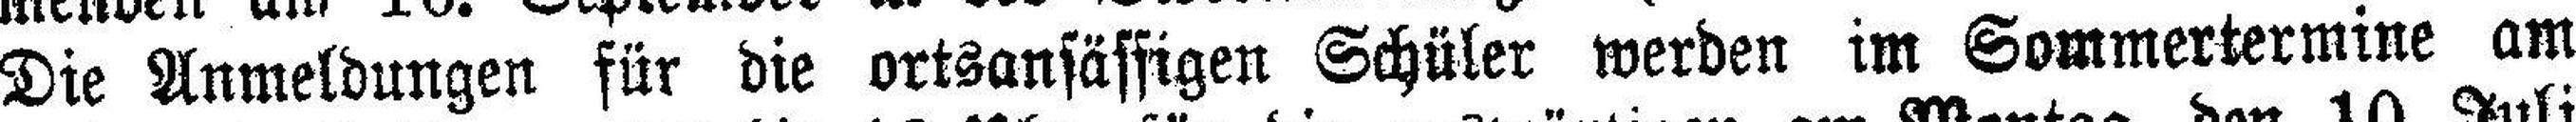
Die Anmeldungen für die ortsansässigen Schüler werden im Sommertermine am